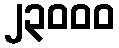
၂၃၀၀၀